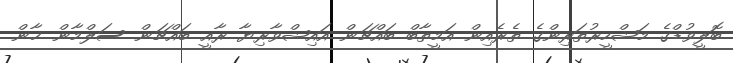
ބޮލީވުޑްގެ މަޝްހީރުތަރިންގެ ތެރެއިން އަމީތާބް ބައްޗަން އައިޝްވާރިޔާ ރާއީ ބައްޗަން ސަލްމާން ޚާން